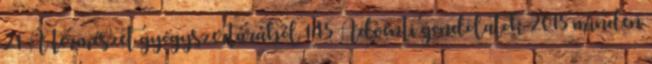
21 A természet gyógyszertárából 145 Adventi gondolatok 2015 minden